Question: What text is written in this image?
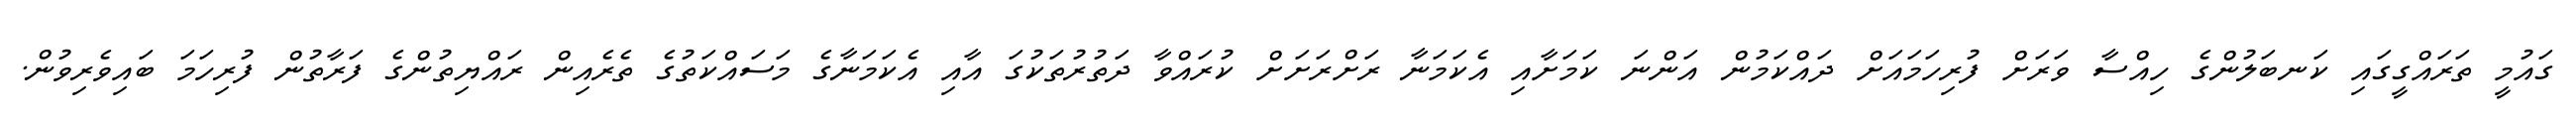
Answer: ގައުމީ ތަރައްގީގައި ކަނބަލުންގެ ހިއްސާ ވަރަށް ފުރިހަމައަށް ދައްކަމުން އަންނަ ކަމަށާއި އެކަމަނާ ރަށްރަށަށް ކުރައްވާ ދަތުރުތަކުގަ އާއި އެކަމަނާގެ މަސައްކަތުގެ ތެރެއިން ރައްޔިތުންގެ ފަރާތުން ފުރިހަމަ ބައިވެރިވުން.